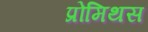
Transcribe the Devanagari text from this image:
प्रोमिथस